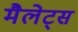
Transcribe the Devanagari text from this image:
मैलेट्स